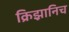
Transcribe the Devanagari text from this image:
क्रिझ़ानिच